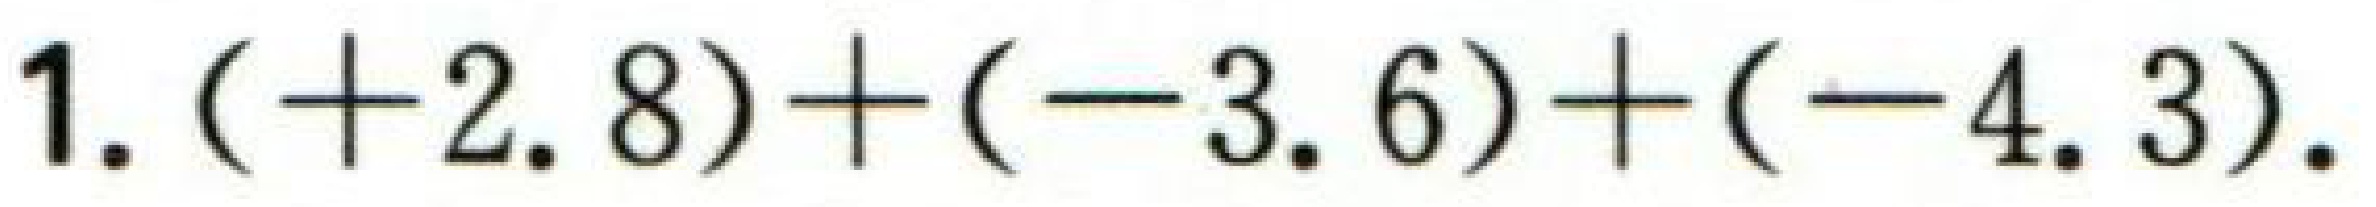
1. \(( + 2.8)+( - 3.6)+( - 4.3)\).